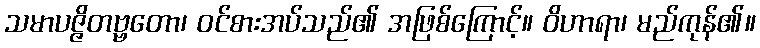
သမာပဇ္ဇိတဗ္ဗတော၊ ဝင်စားအပ်သည်၏ အဖြစ်ကြောင့်။ ဝိဟာရာ၊ မည်ကုန်၏။